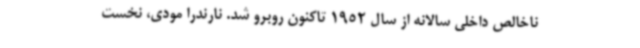
ناخالص داخلی سالانه از سال 1952 تاکنون روبرو شد. نارندرا مودی، نخست